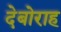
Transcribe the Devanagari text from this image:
देबोराह